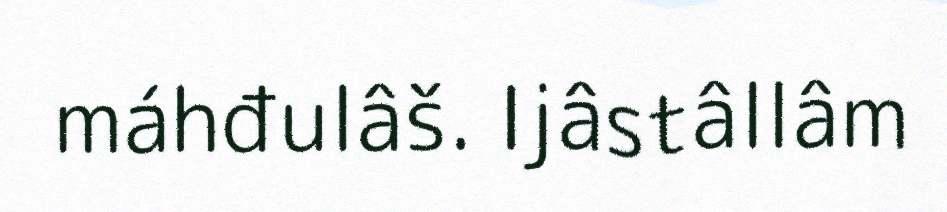
máhđulâš. Ijâstâllâm